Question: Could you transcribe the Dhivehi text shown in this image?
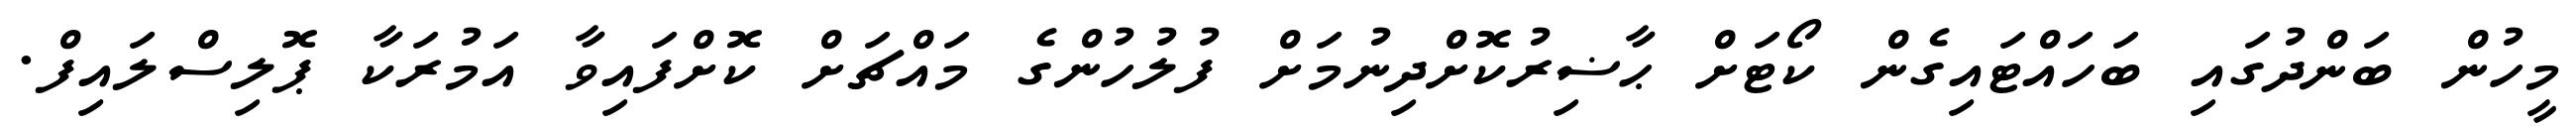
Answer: މީހުން ބަންދުގައި ބަހައްޓައިގެން ކޯޓަށް ޙާޟިރުކޮށްދިނުމަށް ފުލުހުންގެ މައްޗަށް ކޮށްފައިވާ އަމުރަކާ ޕޮލިސްލައިފް.